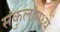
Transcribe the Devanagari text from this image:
संकुलांमध्ये